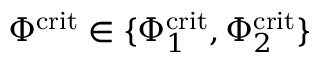
\Phi ^ { \mathrm { c r i t } } \in \{ \Phi _ { 1 } ^ { \mathrm { c r i t } } , \Phi _ { 2 } ^ { \mathrm { c r i t } } \}